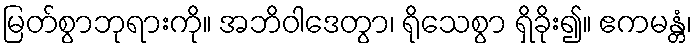
မြတ်စွာဘုရားကို။ အဘိဝါဒေတွာ၊ ရိုသေစွာ ရှိခိုး၍။ ဧကမန္တံ၊